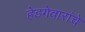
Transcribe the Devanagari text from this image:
हेडगेवारांचे